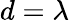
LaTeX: d=\lambda